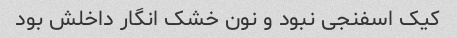
کیک اسفنجی نبود و نون خشک انگار داخلش بود